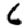
Digit: 6